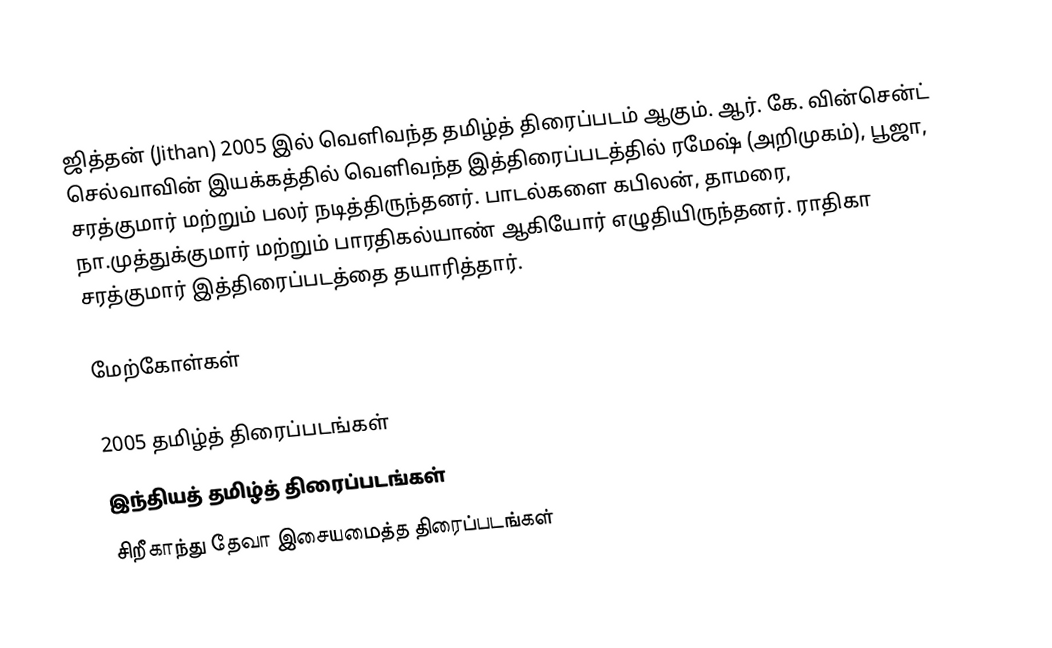
ஜித்தன் (Jithan) 2005 இல் வெளிவந்த தமிழ்த் திரைப்படம் ஆகும். ஆர். கே. வின்சென்ட் செல்வாவின் இயக்கத்தில் வெளிவந்த இத்திரைப்படத்தில் ரமேஷ் (அறிமுகம்), பூஜா, சரத்குமார் மற்றும் பலர் நடித்திருந்தனர். பாடல்களை கபிலன், தாமரை, நா.முத்துக்குமார் மற்றும் பாரதிகல்யாண் ஆகியோர் எழுதியிருந்தனர். ராதிகா சரத்குமார் இத்திரைப்படத்தை தயாரித்தார்.

மேற்கோள்கள்

2005 தமிழ்த் திரைப்படங்கள்
இந்தியத் தமிழ்த் திரைப்படங்கள்
சிறீகாந்து தேவா இசையமைத்த திரைப்படங்கள்